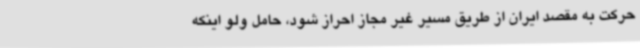
حرکت به مقصد ایران از طریق مسیر غیر مجاز احراز شود، حامل ولو اینکه